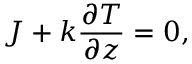
J + k \frac { \partial T } { \partial z } = 0 ,